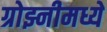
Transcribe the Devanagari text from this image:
ग्रोझ्नीमध्ये